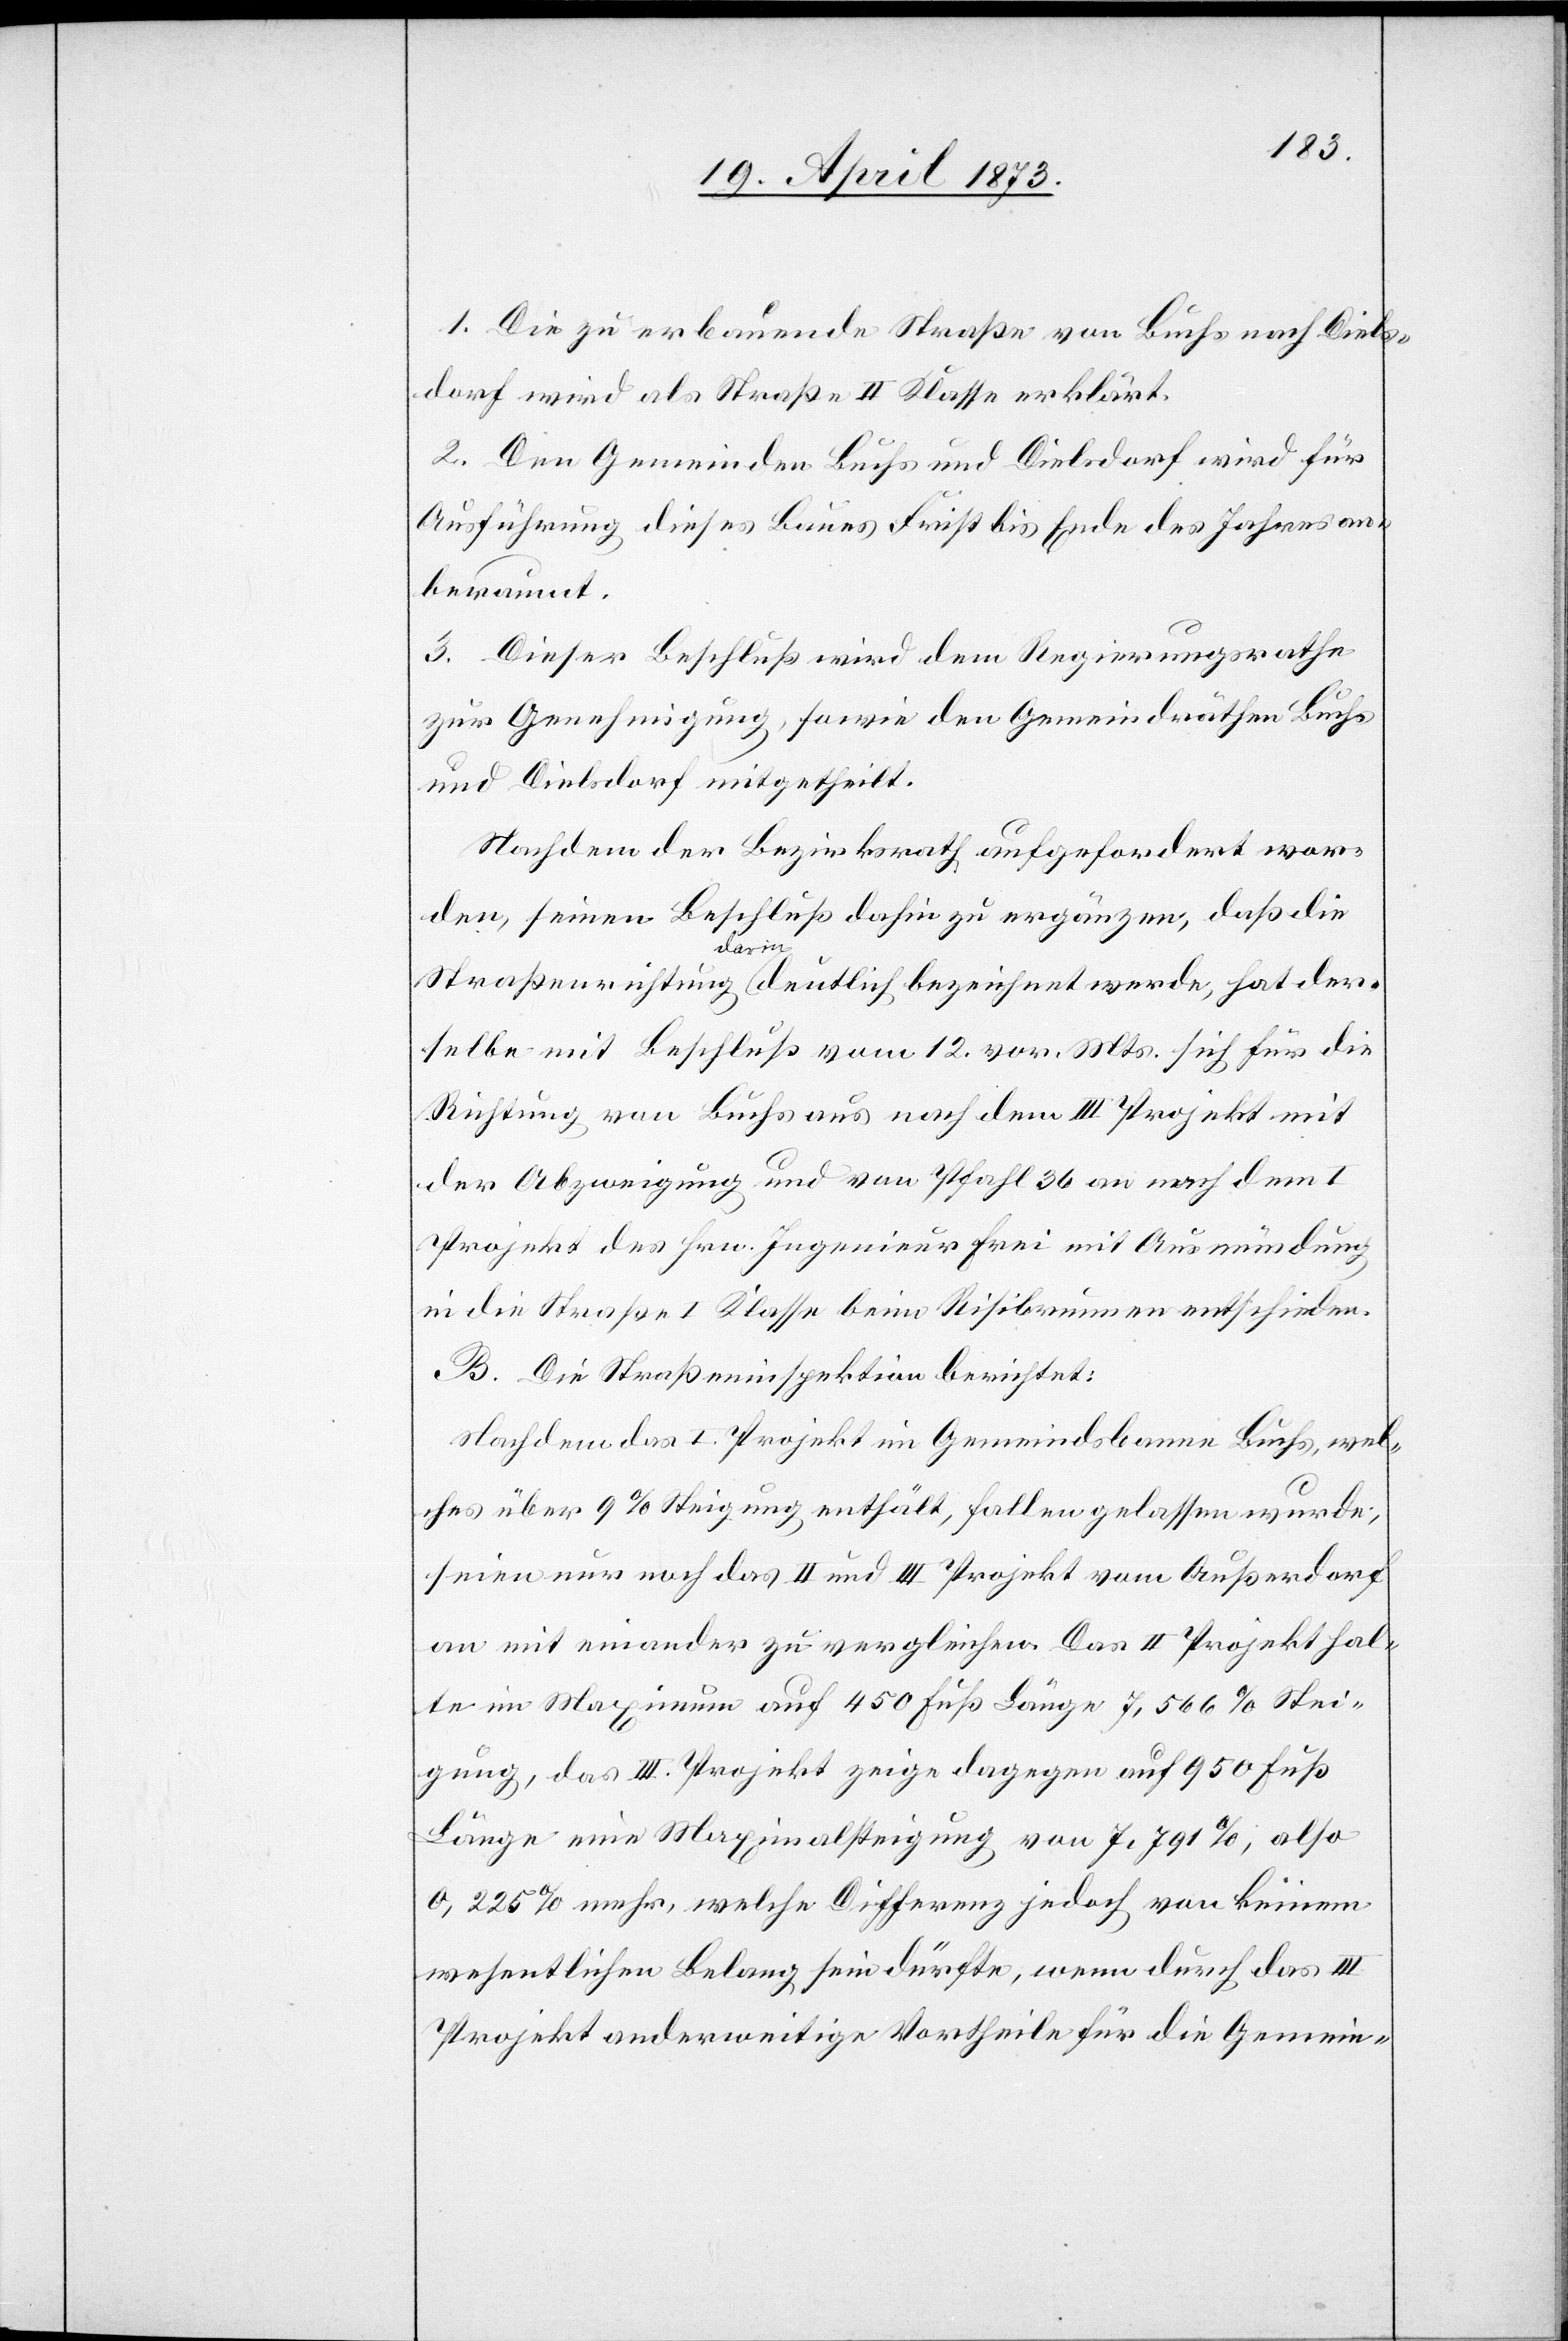
1. Die zu erbauende Straße von Buchs nach Diels¬
dorf wird als Straße II Klasse erklärt.
2. Den Gemeinden Buchs und Dielsdorf wird für
Ausführung dieses Baues Frist bis Ende des Jahres an¬
beraumt.
3. Dieser Beschluß wird dem Regierungsrathe
zur Genehmigung, sowie den Gemeindräthen Buchs
und Dielsdorf mitgetheilt.
Nachdem der Bezirksrath aufgefordert wor¬
den, seinen Beschluß dahin zu ergänzen, daß die
Straßenrichtung darin deutlich bezeichnet werde, hat der¬
selbe mit Beschluß vom 12. vor. Mts. sich für die
Richtung von Buchs aus nach dem III Projekt mit
der Abzweigung und von Pfahl 36 an nach dem I
Projekt des Hrn. Ingenieur Frei mit Ausmündung
in die Straße I Klasse beim Risibrunnen entschieden.
B. Die Straßeninspektion berichtet:
Nachdem das I. Projekt im Gemeindsbanne Buchs, wel¬
ches über 9% Steigung enthält, fallen gelassen wurde,
seien nur noch das II und III Projekt vom Außerdorf
an mit einander zu vergleichen. Das II Projekt hal¬
te im Maximum auf 450 Fuß Länge 7,566% Stei¬
gung, das III. Projekt zeige dagegen auf 950 Fuß
Länge eine Maximalsteigung von 7,791%; also
0,255% mehr, welche Differenz jedoch von keinem
wesentlichen Belang sein dürfte, wenn durch das III
Projekt anderweitige Vortheile für die Gemein-